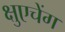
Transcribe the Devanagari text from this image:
क्षुएचेंग